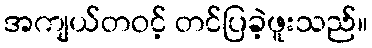
အကျယ်တဝင့် တင်ပြခဲ့ဖူးသည်။